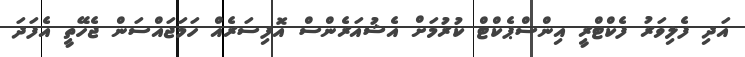
އަދި ފެލިވަރު ފެކްޓްރީ އިންސްޕެކްޓް ކުރުމަށް އެޝުއަރެންސް އޮފިސަރެއް ހަމަޖައްސަން ޖެހޭތީ އެފަދަ